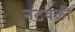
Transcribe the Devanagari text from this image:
नटवली